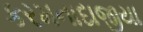
કરમનાદાજીયા